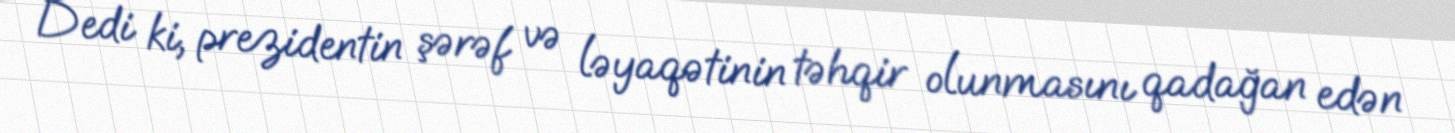
Dedi ki, prezidentin şərəf və ləyaqətinin təhqir olunmasını qadağan edən